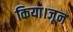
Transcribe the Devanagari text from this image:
किया।जून